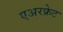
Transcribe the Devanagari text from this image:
एअरफ्रेट